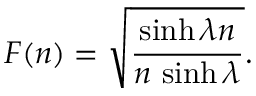
F ( n ) = \sqrt { \frac { \sinh \lambda n } { n \, \sinh \lambda } } .